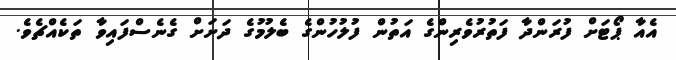
އެއާ ޕޯޓަށް ފުރަންދާ ފަތުރުވެރިންގެ އަތުން ފުލުހުންގެ ބެލުމުގެ ދަަށަށް ގެނެސްފައިވާ ތަކެއްޗެވެ.